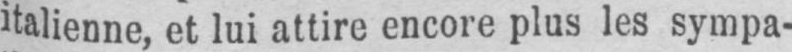
italienne, et lui attire encore plus les sympa-